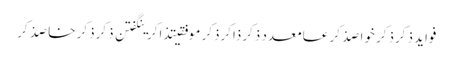
فواید ذکرذکر خواصذکر عامعدد ذکرذاکرذکر موفقیتذاکرینگفتن ذکرذکر خاصذکر